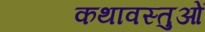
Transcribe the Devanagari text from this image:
कथावस्तुओं